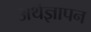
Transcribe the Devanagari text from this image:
अर्थज्ञापन